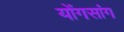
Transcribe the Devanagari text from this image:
योंगसांग